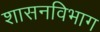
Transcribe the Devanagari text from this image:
शासनविभाग